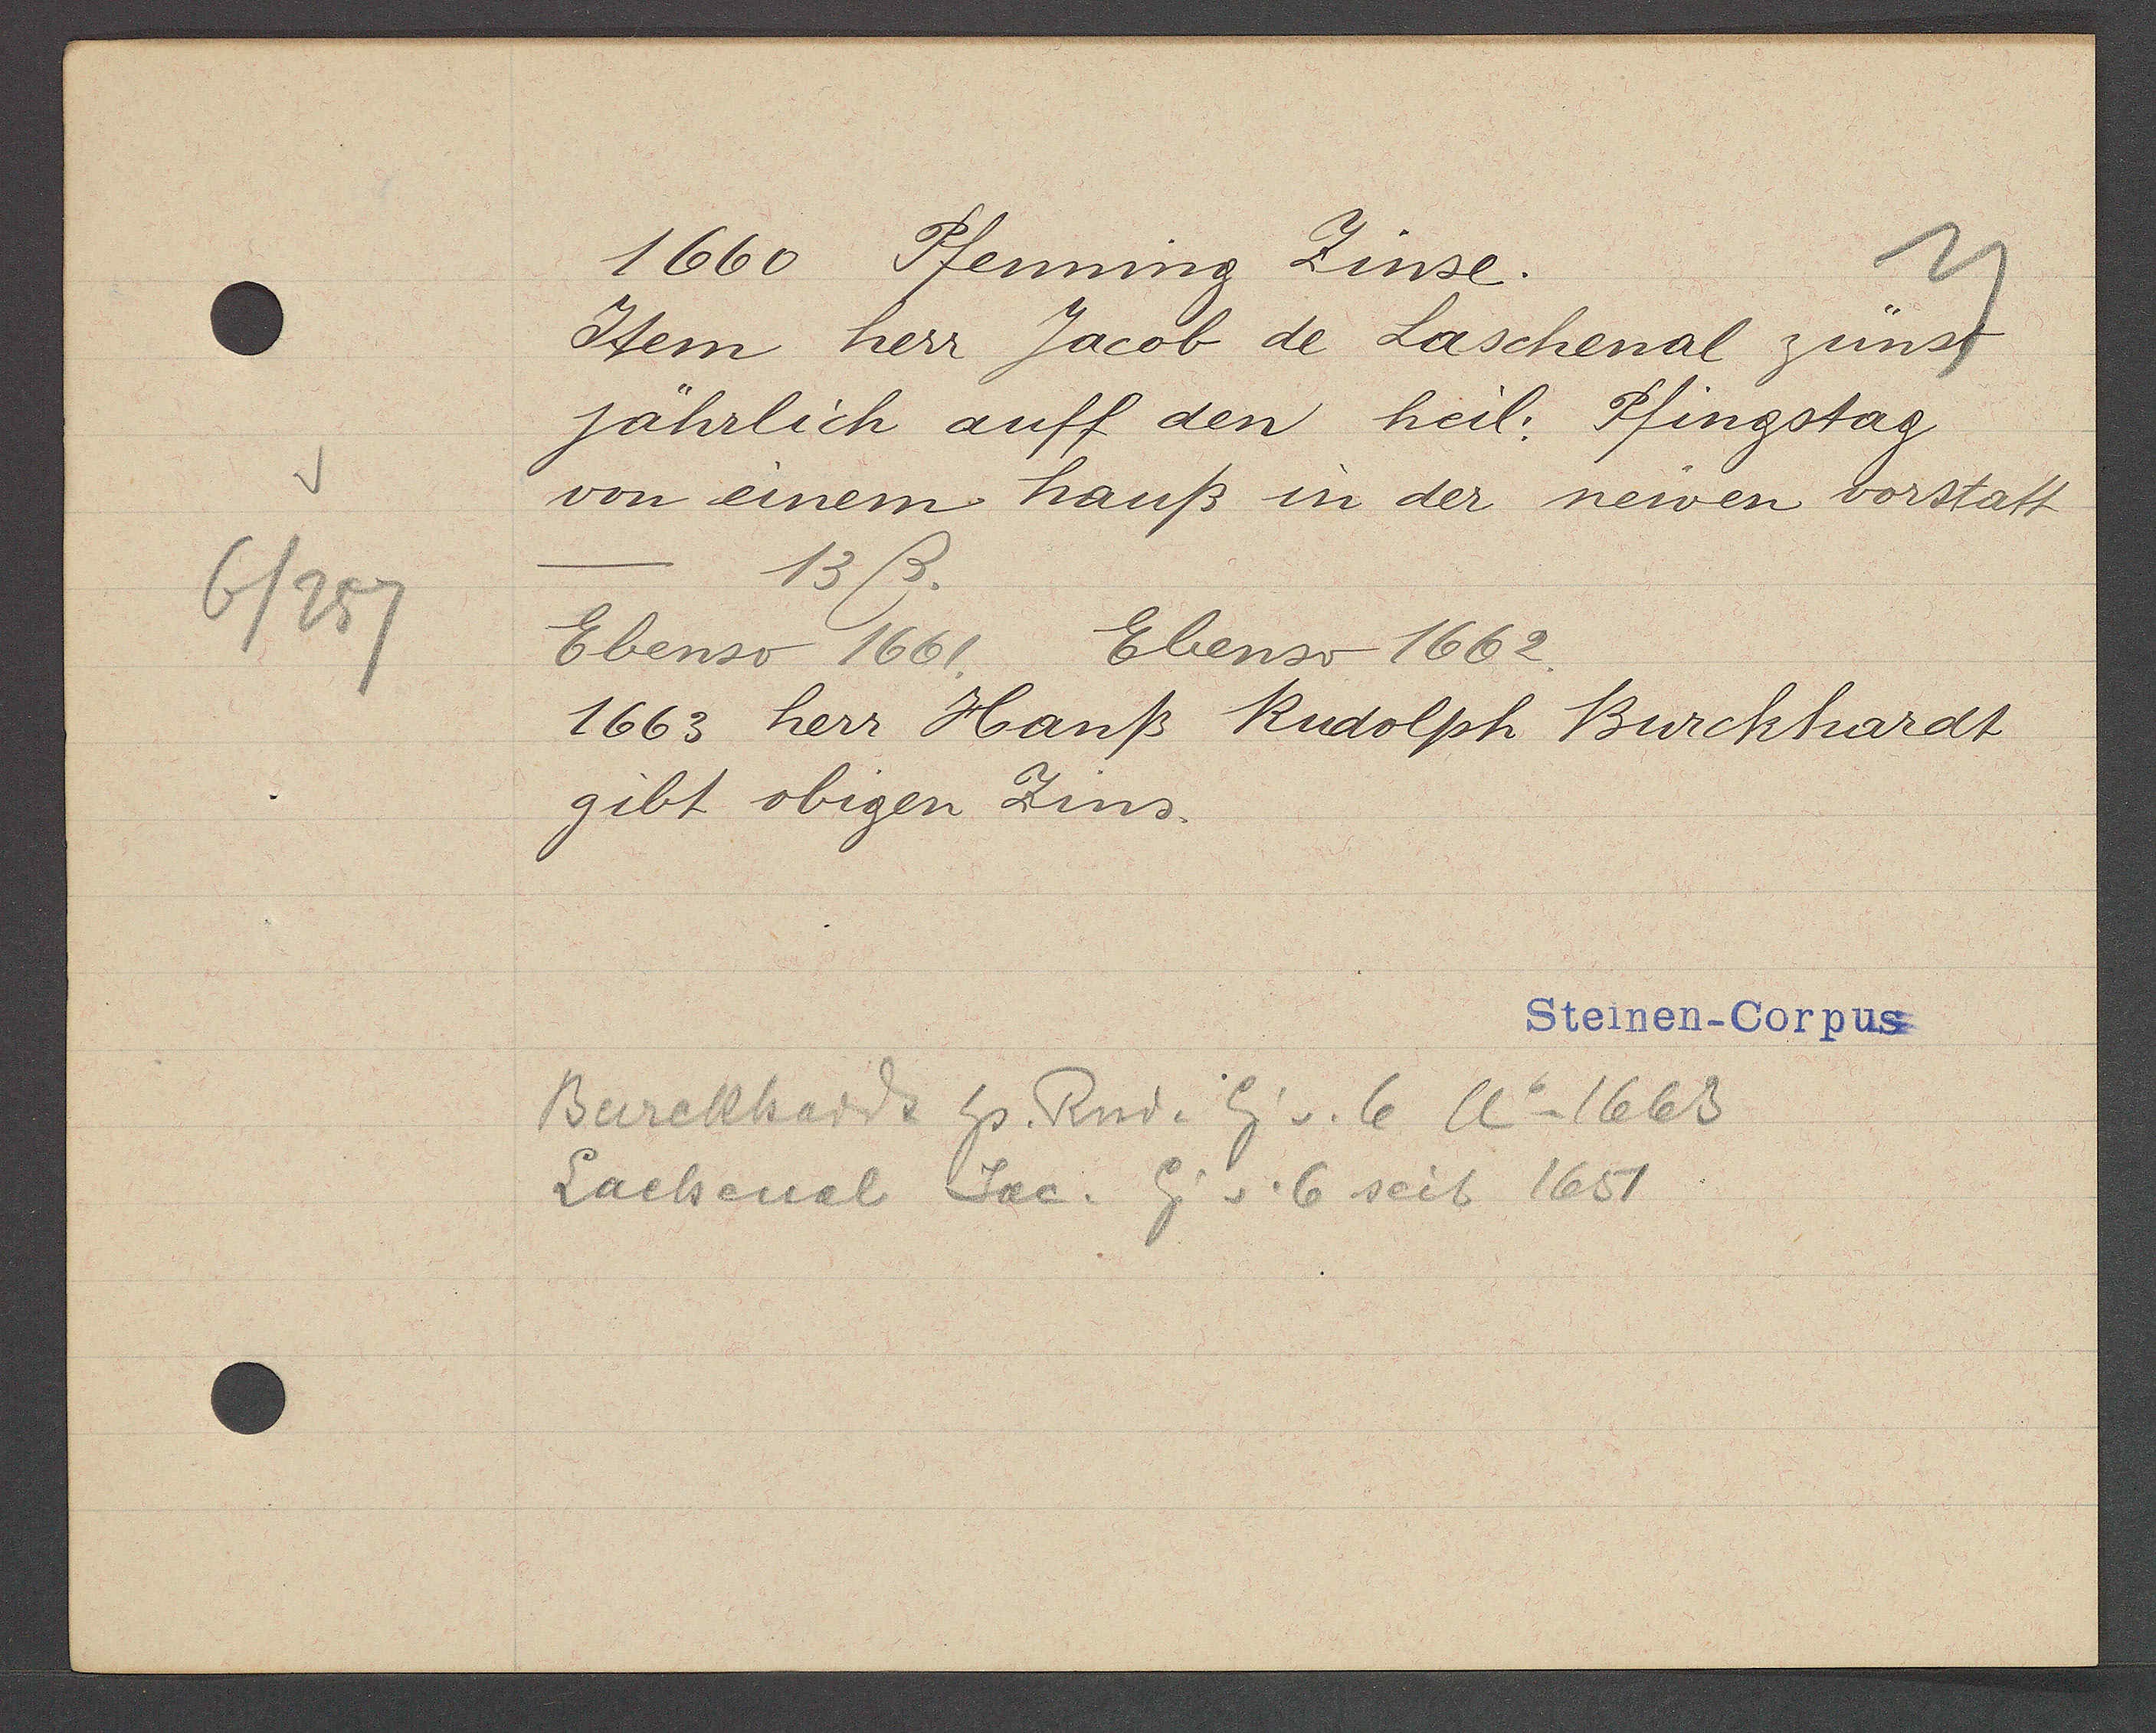
Transcript:
6/257

1660 Pfenning Zinse.

Item herr Jacob de Laschenal zünst
jährlich auff den heil. Pfingstag
von einem hauß in der newen vorstatt
13ß.
Ebenso 1661.
Ebenso 1662.
1663 herr Hanß Rudolph Burckhardt
gibt obigen Zins.

Steinen-Corpus

Burckhard hs. Rud. Eig v. 6 Ao 1663
Lachenal Jac. Eig v. 6 seit 1651